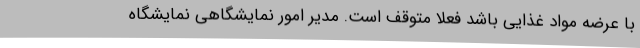
با عرضه مواد غذایی باشد فعلا متوقف است. مدیر امور نمایشگاهی نمایشگاه